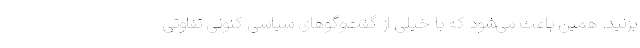
بزنید. همین باعث می‌شود که با خیلی از گفت‌وگوهای سیاسی کنونی تفاوتی